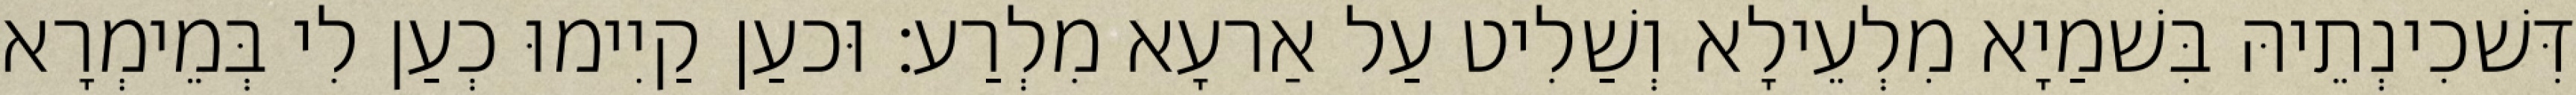
דִּשׁכִינְתֵיהּ בִּשׁמַיָא מִלְעֵילָא וְשַׁלִיט עַל אַרעָא מִלְרַע׃ וּכעַן קַיִימוּ כְעַן לִי בְּמֵימְרָא